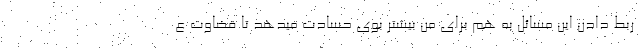
ربط دادن این مسائل به هم برای من بیشتر بوی حسادت میدهد تا قضاوت ع